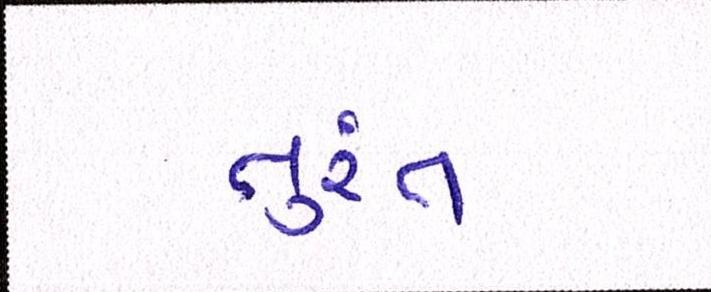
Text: તુરંત